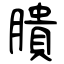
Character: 膭